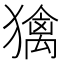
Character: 𤢌